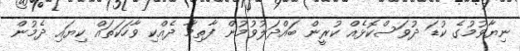
ނިޔާވުމުގެ ކުޑަ ދުވަސްކޮޅެއް ކުރީން ބައްދަލުވުމުން ފާތިމާ ދެއްކި ވާހަކަތައް ކިޔައި ދެމުން